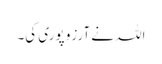
اللہ نے آرزو پوری کی۔